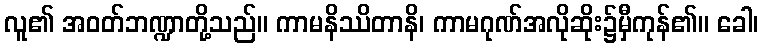
လူ၏ အဝတ်ဘဏ္ဍာတို့သည်။ ကာမနိဿိတာနိ၊ ကာမဂုဏ်အလိုဆိုး၌မှီကုန်၏။ ခေါ၊